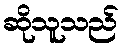
ဆိုသူသည်